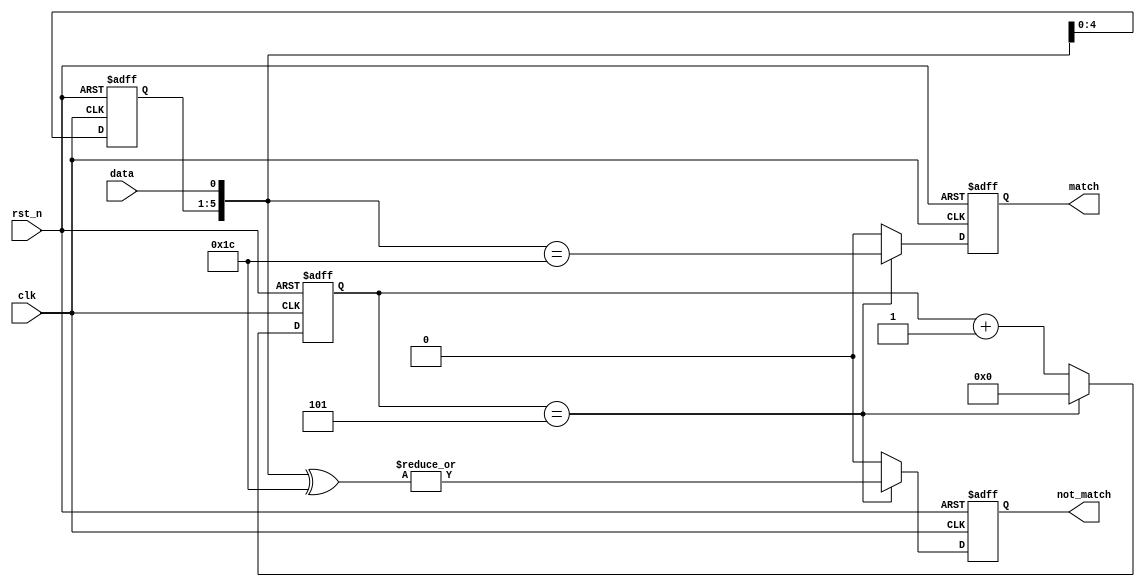
`timescale 1ns/1ns
module seq_detect_1(
	input clk,
	input rst_n,
	input data,
	output reg match,
	output reg not_match
	);
    localparam PATTERN = 6'b01_1100;
    reg [5:0] srl_reg = 6'h00, srl_next;
    reg match_next, not_match_next;
    reg [3:0] cnt_reg = 4'h0, cnt_next;
    always @(*) begin
        srl_next = {srl_reg[4:0], data};
        match_next = 1'b0;
        not_match_next = 1'b0;
        if (~(|cnt_reg)) begin
        end
        cnt_next = cnt_reg + 4'h1;
        if (cnt_reg == 4'h5) begin
            cnt_next = 4'h0;
            match_next = srl_next == PATTERN;
            not_match_next = |(srl_next ^ PATTERN);
        end 
    end
    always @(posedge clk or negedge rst_n) begin
        if (~rst_n) begin
            srl_reg <= 6'h00;
            match <= 1'b0;
            not_match <= 1'b0;
            cnt_reg <= 4'h0;
        end else begin
            srl_reg <= srl_next;
            match <= match_next;
            not_match <= not_match_next;
            cnt_reg <= cnt_next;
        end
    end
endmodule